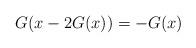
LaTeX: \begin{align*}G(x-2G(x))=-G(x)\end{align*}